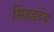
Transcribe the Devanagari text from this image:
सिंहडदेव